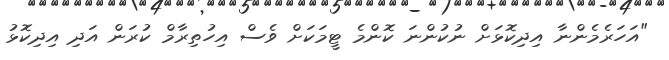
"އަހަރެމެންނާ އިދިކޮޅަށް ނުކުންނަ ކޮންމެ ޓީމަކަށް ވެސް އިހުތިރާމް ކުރަން އަދި އިދިކޮޅު